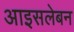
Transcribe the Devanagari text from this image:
आइसलेबन